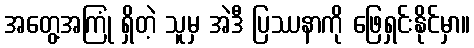
အတွေ့အကြုံ ရှိတဲ့ သူမှ အဲဒီ ပြဿနာကို ဖြေရှင်းနိုင်မှာ။